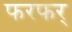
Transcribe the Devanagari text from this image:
फरफर्